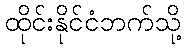
ထိုင်းနိုင်ငံဘက်သို့